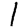
Digit: 1